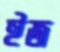
ইজ